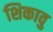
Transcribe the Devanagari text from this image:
शिकावु